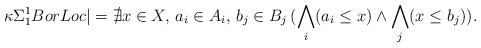
LaTeX: \begin{align*}\!{\kappa\Sigma^1_1BorLoc} |= \nexists x \in X,\, a_i \in A_i,\, b_j \in B_j\, (\bigwedge_i (a_i \le x) \wedge \bigwedge_j (x \le b_j)).\end{align*}